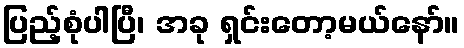
ပြည့်စုံပါပြီ၊ အခု ရှင်းတော့မယ်နော်။